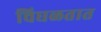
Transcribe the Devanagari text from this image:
चिघळतात